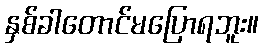
နှစ်ခါတောင်မပြောရဘူး။